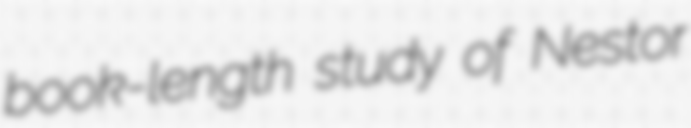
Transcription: book-length study of Nestor